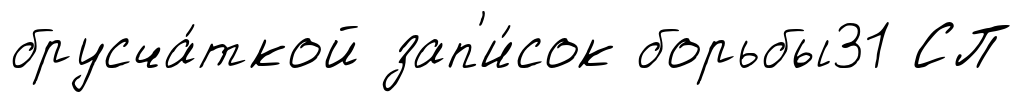
брусча́ткой зап'и́сок борьбы31 СП